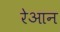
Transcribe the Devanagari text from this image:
रेआन